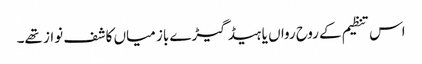
اس تنظیم کے روح رواں یا ہیڈ گیڑے باز میاں کاشف نواز تھے۔